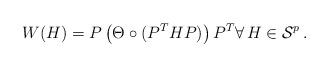
LaTeX: \begin{align*}W(H) = P\left( \Theta \circ (P^THP)\right )P^T\forall \, H\in {\cal S}^p\, .\end{align*}%\end{align*}